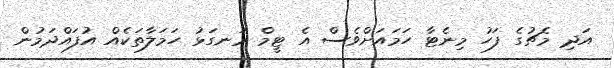
އަދި މެޗުގެ ފަހު މިނެޓާ ހަމައަށްވެސް އެ ޓީމް ރަނގަޅު ހަމަލާތަކެއް އުފައްދަމުން